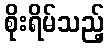
စိုးရိမ်သည့်